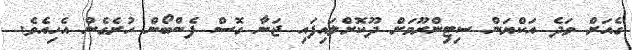
ގެއަށް ވަދެ އަކްޔަން ސިޓިންރޫމަށް ދޫކޮށްލައިފައި ޖަނާ ގޮސް ފެންބޯން ހުރެގެން އެހިއެވެ.